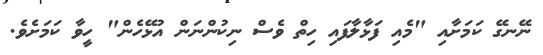
ނޭނގޭ ކަމަށާއި "މެއި ފަޅާލާފައި ހިތް ވެސް ނިކުންނަން އުޅޭހެން" ހީވާ ކަމަށެވެ.